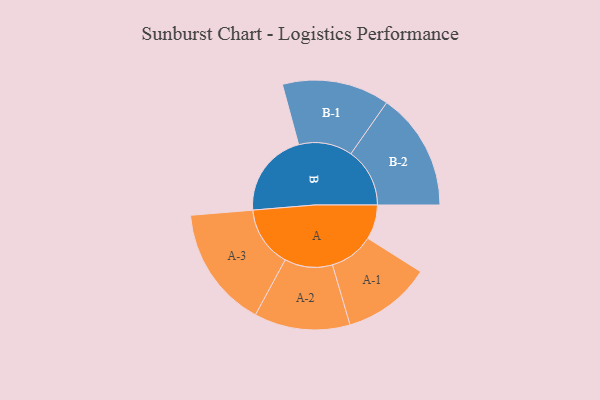
{"axis": {"x": "Segment", "y": "Value"}, "legend": ["", "A", "B"], "data": [{"x": "A", "y": 126, "type": ""}, {"x": "B", "y": 311, "type": ""}, {"x": "A-1", "y": 162, "type": "A"}, {"x": "A-2", "y": 175, "type": "A"}, {"x": "A-3", "y": 222, "type": "A"}, {"x": "B-1", "y": 196, "type": "B"}, {"x": "B-2", "y": 215, "type": "B"}]}